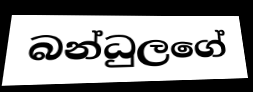
බන්ධුලගේ